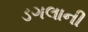
ડગલાની